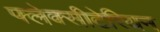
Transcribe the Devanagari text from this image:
फ्लेक्सीटेरियन